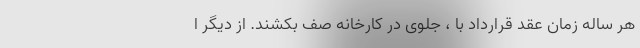
هر ساله زمان عقد قرارداد با ، جلوی در کارخانه صف بکشند. از دیگر ا